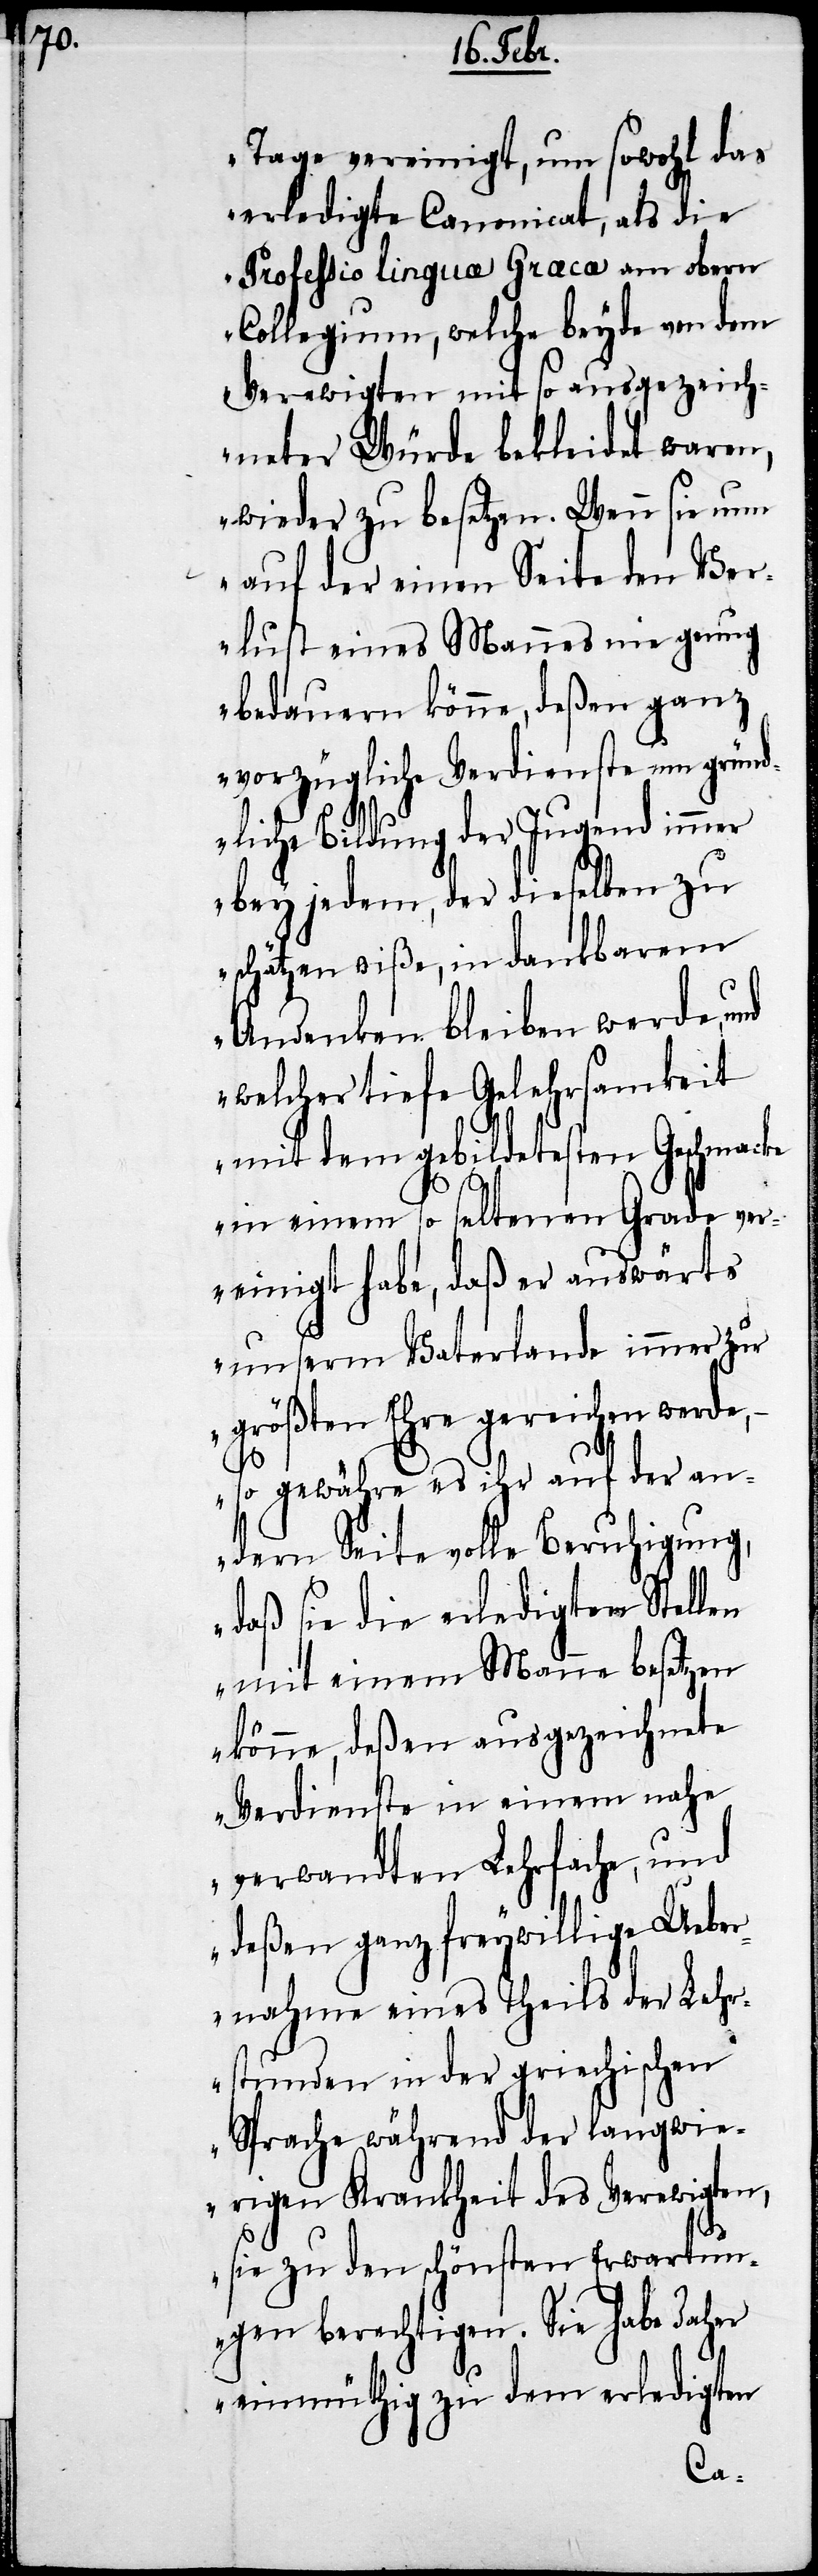
Tage vereinigt, um sowohl das
erledigte Canonicat, als die
Professio linguæ græcæ am obern
Collegium, welche beyde von dem
Verewigten mit so ausgezeich¬
neter Würde bekleidet waren,
wieder zu besetzen. Wenn sie nun
auf der einen Seite den Ver¬
lust eines Mannes nie genug
bedauern könne, deßen ganz
vorzügliche Verdienste um gründ¬
liche Bildung der Jugend immer
bey jedem, der dieselben zu
schätzen wiße, in dankbarem
Andenken bleiben werde, und
welcher tiefe Gelehrsamkeit
mit dem gebildetesten Geschmacke
in einem so seltenen Grade ver¬
einigt habe, daß er auswärts
unserm Vaterlande immer zur
größten Ehre gereichen werde,
– so gewähre es ihr auf der an¬
dern Seite volle Beruhigung,
daß sie die erledigten Stellen
mit einem Manne besetzen
könne, deßen ausgezeichnete
Verdienste in einem nahe
verwandten Lehrfache, und
deßen ganz freywillige Ueber¬
nahme eines Theils der Lehr¬
stunden in der griechischen
Sprache während der langwi¬
erigen Krankheit des Verewigten,
sie zu den schönsten Erwartun¬
gen berechtigen. Sie habe daher
einmüthig zu dem erledigten